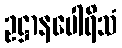
ဥဋ္ဌာနပေါရိသံ